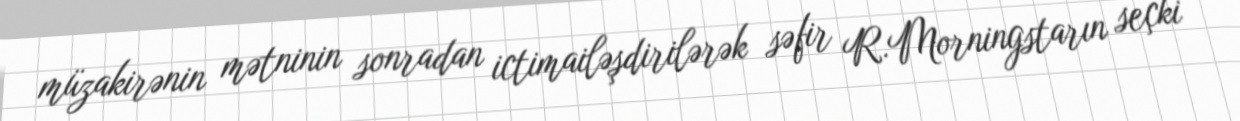
müzakirənin mətninin sonradan ictimailəşdirilərək səfir R.Morningstarın seçki